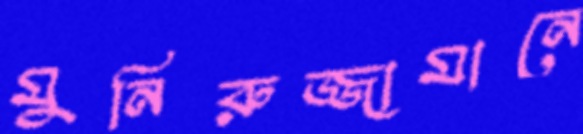
মুনিরুজ্জামানে